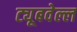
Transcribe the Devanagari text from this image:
ट्यूबवेल्ल